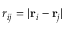
r _ { i j } = | \mathbf { r } _ { i } - \mathbf { r } _ { j } |